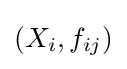
{\textstyle (X_{i},f_{ij})}